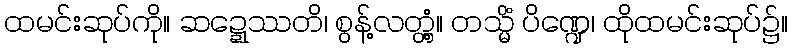
ထမင်းဆုပ်ကို။ ဆဍ္ဍေဿတိ၊ စွန့်လတ္တံ့။ တသ္မိံ ပိဏ္ဍေ၊ ထိုထမင်းဆုပ်၌။